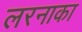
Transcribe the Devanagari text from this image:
लरनाका